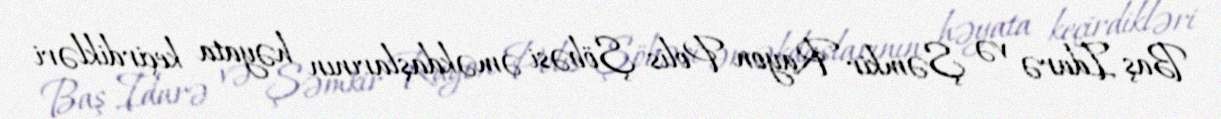
Baş İdarə və Şəmkir Rayon Polis Şöbəsi əməkdaşlarının həyata keçirdikləri